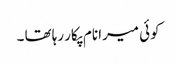
کوئی میرا نام پکار رہا تھا ۔